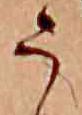
う